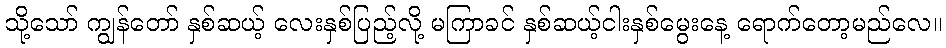
သို့သော် ကျွန်တော် နှစ်ဆယ့် လေးနှစ်ပြည့်လို့ မကြာခင် နှစ်ဆယ့်ငါးနှစ်မွေးနေ့ ရောက်တော့မည်လေ။